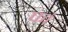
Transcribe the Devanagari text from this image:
फां